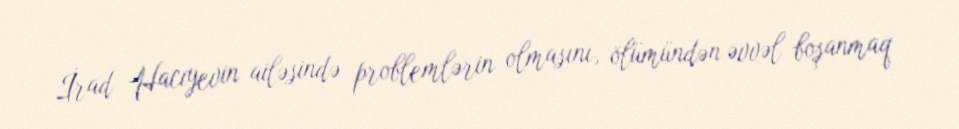
İrad Hacıyevin ailəsində problemlərin olmasını, ölümündən əvvəl boşanmaq